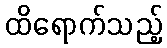
ထိရောက်သည့်